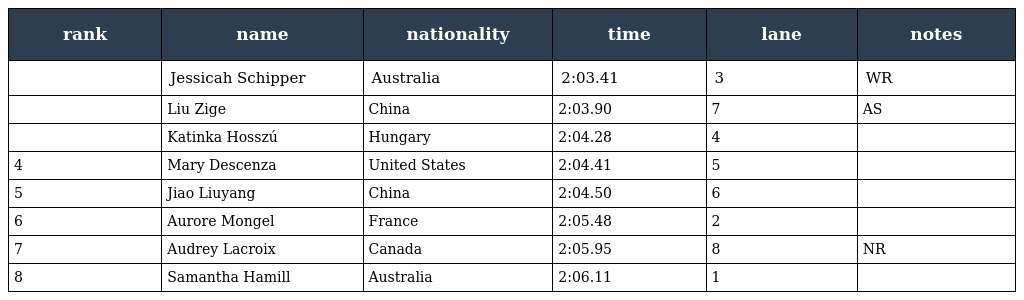
| rank | name | nationality | time | lane | notes |
 | --- | --- | --- | --- | --- | --- |
 |  | Jessicah Schipper | Australia | 2:03.41 | 3 | WR |
 |  | Liu Zige | China | 2:03.90 | 7 | AS |
 |  | Katinka Hosszú | Hungary | 2:04.28 | 4 |  |
 | 4 | Mary Descenza | United States | 2:04.41 | 5 |  |
 | 5 | Jiao Liuyang | China | 2:04.50 | 6 |  |
 | 6 | Aurore Mongel | France | 2:05.48 | 2 |  |
 | 7 | Audrey Lacroix | Canada | 2:05.95 | 8 | NR |
 | 8 | Samantha Hamill | Australia | 2:06.11 | 1 |  |